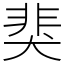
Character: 猆